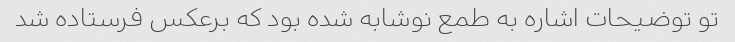
تو توضیحات اشاره به طمع نوشابه شده بود که برعکس فرستاده شد